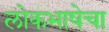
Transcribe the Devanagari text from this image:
लोकभाषेचा